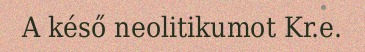
A késő neolitikumot Kr.e.